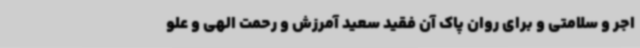
اجر و سلامتی و برای روان پاک آن فقید سعید آمرزش و رحمت الهی و علو